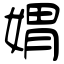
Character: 媦